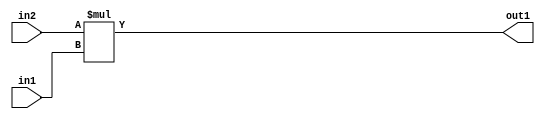
`timescale 1ps / 1ps
/*****************************************************************************
    Verilog RTL Description
    
    
    Created by: Stratus DpOpt 21.05.01 
*******************************************************************************/

module SobelFilter_Mul_24Ux20U_34U_4 (
	in2,
	in1,
	out1
	); /* architecture "behavioural" */ 
input [23:0] in2;
input [19:0] in1;
output [33:0] out1;
wire [33:0] asc001;

assign asc001 = 
	+(in2 * in1);

assign out1 = asc001;
endmodule

/* CADENCE  ubH5TQ8= : u9/ySxbfrwZIxEzHVQQV8Q== ** DO NOT EDIT THIS LINE ******/